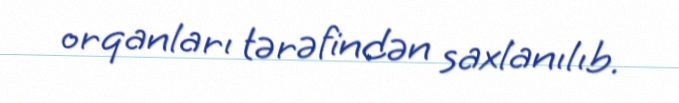
orqanları tərəfindən saxlanılıb.